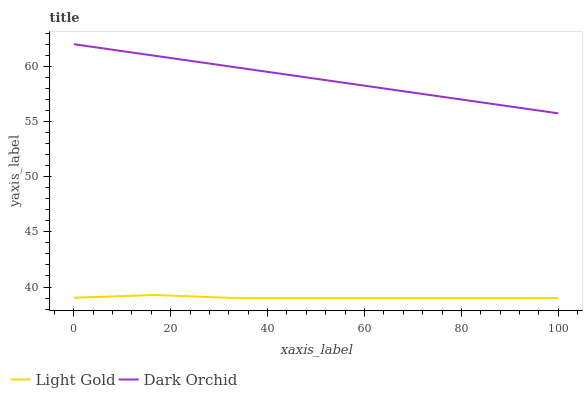
| xaxis_label | Light Gold | Dark Orchid |
 | --- | --- | --- |
 | 0 | 39 | 62 |
 | 16.7 | 39.3 | 61 |
 | 33.3 | 39 | 59.9 |
 | 50 | 39 | 58.9 |
 | 66.7 | 39 | 57.8 |
 | 83.3 | 39 | 56.8 |
 | 100 | 39 | 55.7 |